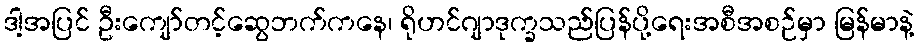
ဒါ့အပြင် ဦးကျော်တင့်ဆွေဘက်ကနေ၊ ရိုဟင်ဂျာဒုက္ခသည်ပြန်ပို့ရေးအစီအစဉ်မှာ မြန်မာနဲ့